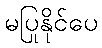
မပြုနိုင်ပေ